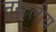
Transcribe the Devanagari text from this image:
नस्त्लीय